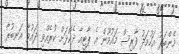
މެންބަރު އަހުމަދު ފާރިސް މައުމޫން އެ ޕާޓީއާ ދެކޮޅަށް ކުރެއްވި ދައުވާ އަނބުރާ